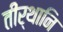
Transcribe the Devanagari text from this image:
तीर्थानि